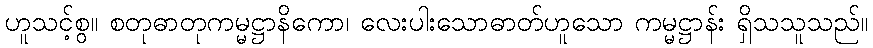
ဟူသင့်စွ။ စတုဓာတုကမ္မဋ္ဌာနိကော၊ လေးပါးသောဓာတ်ဟူသော ကမ္မဋ္ဌာန်း ရှိသသူသည်။